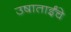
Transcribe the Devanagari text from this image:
उषाताईंचे